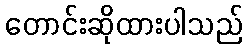
တောင်းဆိုထားပါသည်